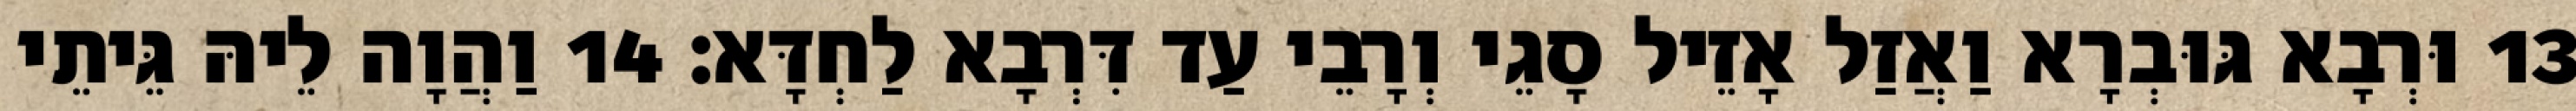
13 וּרְבָא גּוּבְרָא וַאֲזַל אָזֵיל סָגֵי וְרָבֵי עַד דִּרְבָא לַחְדָּא׃ 14 וַהֲוָה לֵיהּ גֵּיתֵי